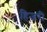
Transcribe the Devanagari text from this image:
हिजरी